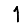
Digit: 1